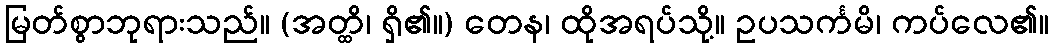
မြတ်စွာဘုရားသည်။ (အတ္ထိ၊ ရှိ၏။) တေန၊ ထိုအရပ်သို့။ ဥပသင်္ကမိ၊ ကပ်လေ၏။